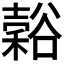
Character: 𬤵